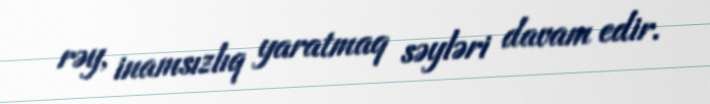
rəy, inamsızlıq yaratmaq səyləri davam edir.